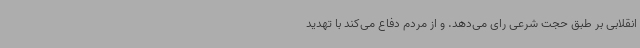
انقلابی بر طبق حجت شرعی رای می‌دهد. و از مردم دفاع می‌کند با تهدید